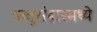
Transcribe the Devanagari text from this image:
ऋतुसंहारमध्ये